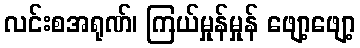
လင်းစအရုဏ်၊ ကြယ်မှုန်မှုန် ဖျော့ဖျော့